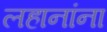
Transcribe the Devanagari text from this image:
लहानांना